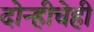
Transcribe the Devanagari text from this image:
दोन्हीचेही